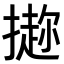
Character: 𪮭